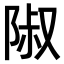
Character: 𨺏